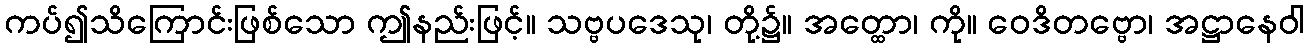
ကပ်၍သိကြောင်းဖြစ်သော ဤနည်းဖြင့်။ သဗ္ဗပဒေသု၊ တို့၌။ အတ္ထော၊ ကို။ ဝေဒိတဗ္ဗော၊ အဋ္ဌာနေဝါ